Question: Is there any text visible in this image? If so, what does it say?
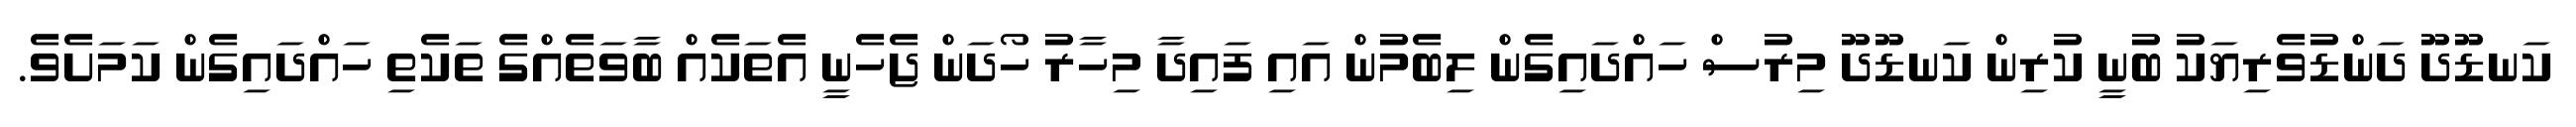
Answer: ކަނޑޫދޫ ދަންޑުވެރިޔަކު ބުނީ ކުރިން ކަނޑޫދޫ މިރުސް ހައްދައިގެން ލިބެމުން އައި ފައިދާ މިހާރު ހޯދަން ޖެހެނީ އެތަކެއް ބާވަތެއްގެ ތަކެތި ހައްދައިގެން ކަމަށެވެ.